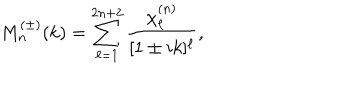
LaTeX: M _ { n } ^ { ( \pm ) } ( k ) = \sum _ { \ell = 1 } ^ { 2 n + 2 } \frac { \chi _ { \ell } ^ { ( n ) } } { [ 1 \pm i k ] ^ { \ell } } ,